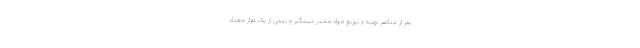
نفر از عناصر تهیه و توزیع مواد مخدر دستگیر و بیش از یک هزار معتاد